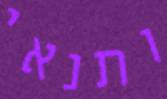
ותנאי